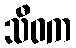
သီဝက